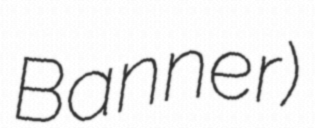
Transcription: Banner)